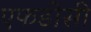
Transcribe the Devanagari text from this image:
एफडीसी